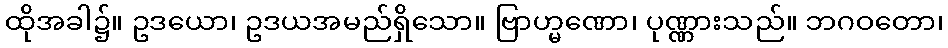
ထိုအခါ၌။ ဥဒယော၊ ဥဒယအမည်ရှိသော။ ဗြာဟ္မဏော၊ ပုဏ္ဏားသည်။ ဘဂဝတော၊